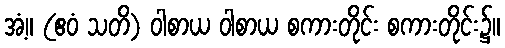
အံ့။ (ဧဝံ သတိ) ဝါစာယ ဝါစာယ စကားတိုင်း စကားတိုင်း၌။